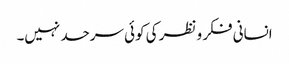
انسانی فکر و نظر کی کوئی سرحد نہیں۔